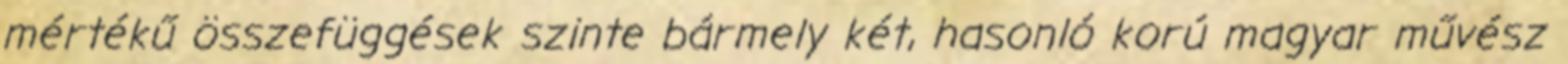
mértékű összefüggések szinte bármely két, hasonló korú magyar művész